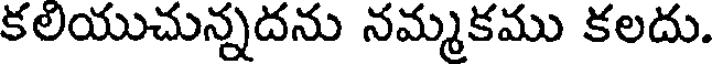
కలియుచున్నదను నమ్మకము కలదు.